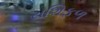
રાશિફળ